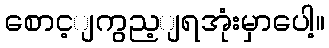
စောင့ျကွည့ျရအုံးမှာပေါ့။